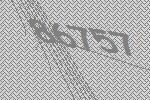
86757